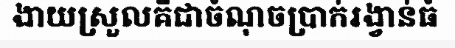
ងាយស្រួលគឺជាចំណុចប្រាក់រង្វាន់ធំ